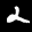
Label: 2